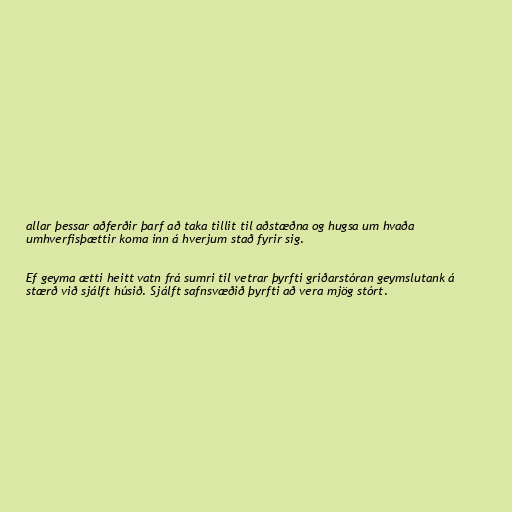
allar þessar aðferðir þarf að taka tillit til aðstæðna og hugsa um hvaða
umhverfisþættir koma inn á hverjum stað fyrir sig.

Ef geyma ætti heitt vatn frá sumri til vetrar þyrfti gríðarstóran geymslutank á
stærð við sjálft húsið. Sjálft safnsvæðið þyrfti að vera mjög stórt.